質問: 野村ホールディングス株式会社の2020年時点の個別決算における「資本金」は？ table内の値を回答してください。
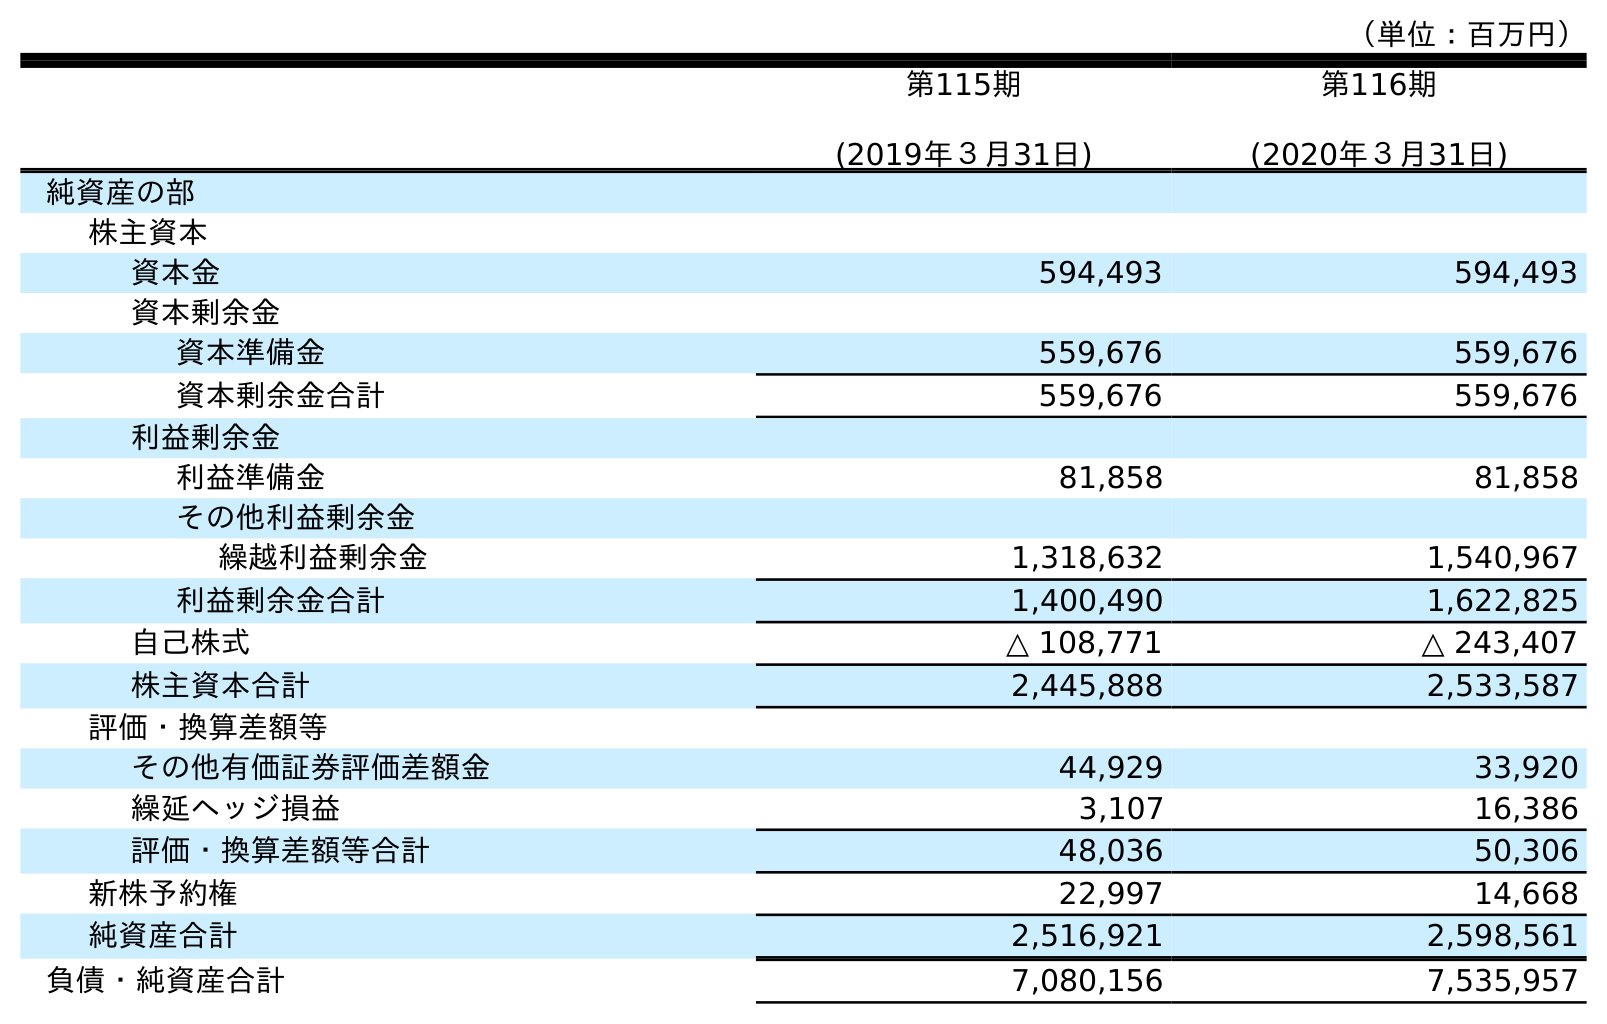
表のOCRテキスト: （単位：百万円） 第115期 (2019年３月31日) 第116期 (2020年３月31日) 純資産の部 株主資本 資本金 594,493 594,493 資本剰余金 資本準備金 559,676 559,676 資本剰余金合計 559,676 559,676 利益剰余金 利益準備金 81,858 81,858 その他利益剰余金 繰越利益剰余金 1,318,632 1,540,967 利益剰余金合計 1,400,490 1,622,825 自己株式 △ 108,771 △ 243,407 株主資本合計 2,445,888 2,533,587 評価・換算差額等 その他有価証券評価差額金 44,929 33,920 繰延ヘッジ損益 3,107 16,386 評価・換算差額等合計 48,036 50,306 新株予約権 22,997 14,668 純資産合計 2,516,921 2,598,561 負債・純資産合計 7,080,156 7,535,957
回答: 594,493